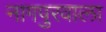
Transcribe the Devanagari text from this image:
नागपुरवाला